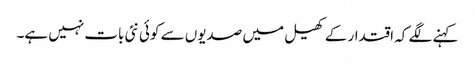
کہنے لگے کہ اقتدار کے کھیل میں صدیوں سے کوئی نئی بات نہیں ہے۔